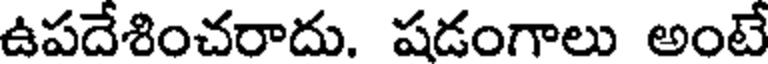
ఉపదేశించరాదు. షడంగాలు అంటే